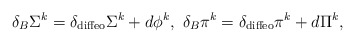
\begin{align*}\delta_B \Sigma^k = \delta _{\rm diffeo} \Sigma^k+ d\phi^k,~\delta_B \pi^k = \delta _{\rm diffeo} \pi^k+ d\Pi^k,\end{align*}